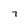
Character: 7